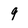
Character: 9